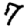
Digit: 7